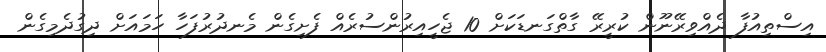
އިސްތިއުފާ ދެއްވިރޭނޫން ކުރީރޭ ގާތްގަނޑަކަށް 10 ޖެހީއިރުންސުރެއް ފެށިގެން މެނދުރުފަހާ ހަމައަށް ދިގުދެމިގެން